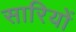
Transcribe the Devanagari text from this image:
सारियों